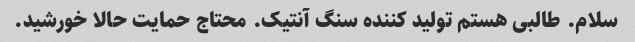
سلام. طالبی هستم تولید کننده سنگ آنتیک. محتاج حمایت حالا خورشید.